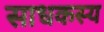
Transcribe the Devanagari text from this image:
साधकस्य